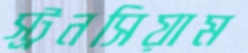
স্ট্রনসিয়াম